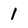
Character: 1